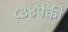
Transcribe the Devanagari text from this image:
८३४पैकी